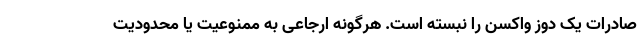
صادرات یک دوز واکسن را نبسته است. هرگونه ارجاعی به ممنوعیت یا محدودیت